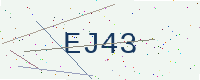
Text: EJ43